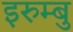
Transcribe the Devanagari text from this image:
इरुम्बु